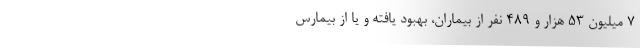
۷ میلیون ۵۳ هزار و ۴۸۹ نفر از بیماران، بهبود یافته و یا از بیمارس